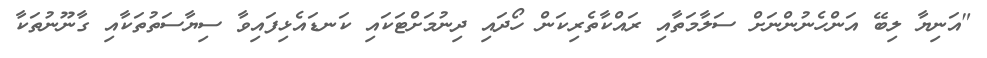
"އަނިޔާ ލިބޭ އަންހެނުންނަށް ސަލާމަތާއި ރައްކާތެރިކަން ހޯދައި ދިނުމަށްޓަކައި ކަނޑައެޅިފައިވާ ސިޔާސަތުތަކާއި ގާނޫނުތަކާ